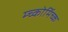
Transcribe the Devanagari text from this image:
म्च्कोर्मिच्क